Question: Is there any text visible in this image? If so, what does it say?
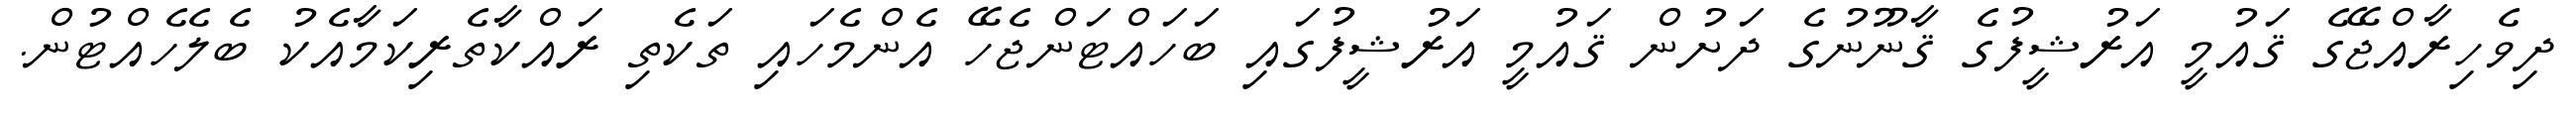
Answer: ދިވެހިރާއްޖޭގެ ޤައުމީ އަރުޝީފުގެ ޤާނޫނުގެ ދަށުން ޤައުމީ އަރުޝީފުގައި ބަހައްޓަންޖެހޭ އެންމެހައި ތަކެތި ރައްކާތެރިކަމާއެކު ބެލެހެއްޓުން.